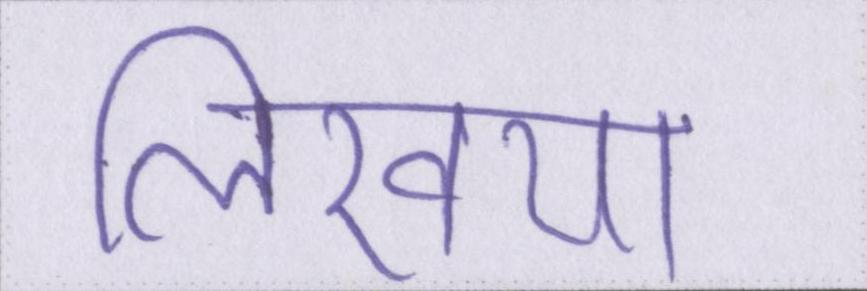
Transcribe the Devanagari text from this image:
लिखिया